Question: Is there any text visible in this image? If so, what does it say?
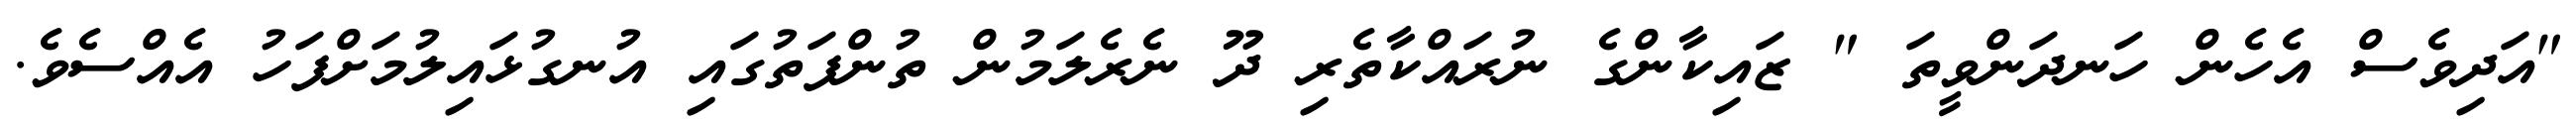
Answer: "އަދިވެސް އެހެން ހަނދަންވީތަ " ޒައިކާންގެ ނުރައްކާތެރި ދޫ ނެރެލަމުން ތުންފަތުގައި އުނގުޅައިލުމަށްފަހު އެއްސެވެ.